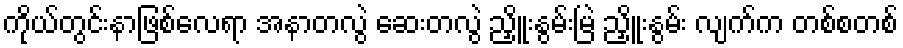
ကိုယ်တွင်းနာဖြစ်လေရာ အနာတလွဲ ဆေးတလွဲ ညှိူးနွမ်းမြဲ ညှိူးနွမ်း လျက်က တစ်စတစ်